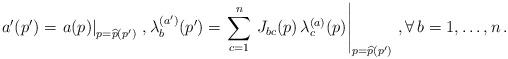
LaTeX: \begin{align*} a'(p')=\left.a(p)\right|_{p=\widehat{p}(p')}\,,\lambda_b^{(a')}(p')=\left.\sum_{c=1}^n\,J_{bc}(p)\,\lambda_c^{(a)}(p)\right|_{p=\widehat{p}(p')}\,,\forall\, b=1,\ldots,n\,.\end{align*}